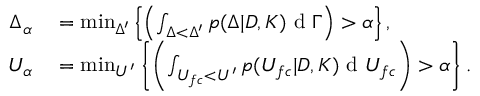
\begin{array} { r l } { \Delta _ { \alpha } } & { { } = \operatorname* { m i n } _ { \Delta ^ { \prime } } \left\{ \left( \int _ { \Delta < \Delta ^ { \prime } } p ( \Delta | D , K ) \textup { d } \Gamma \right) > \alpha \right\} , } \\ { U _ { \alpha } } & { { } = \operatorname* { m i n } _ { U ^ { \prime } } \left\{ \left( \int _ { U _ { f c } < U ^ { \prime } } p ( U _ { f c } | D , K ) \textup { d } U _ { f c } \right) > \alpha \right\} . } \end{array}